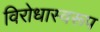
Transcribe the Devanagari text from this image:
विरोधास्वरूप